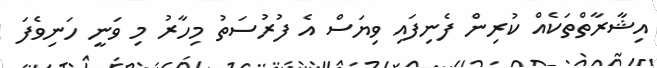
އިޝާރާތްތަކެއް ކުރިން ފެނިފައި ވިޔަސް އެ ފުރުސަތު މިހާރު މި ވަނީ ހަނިވެފަ